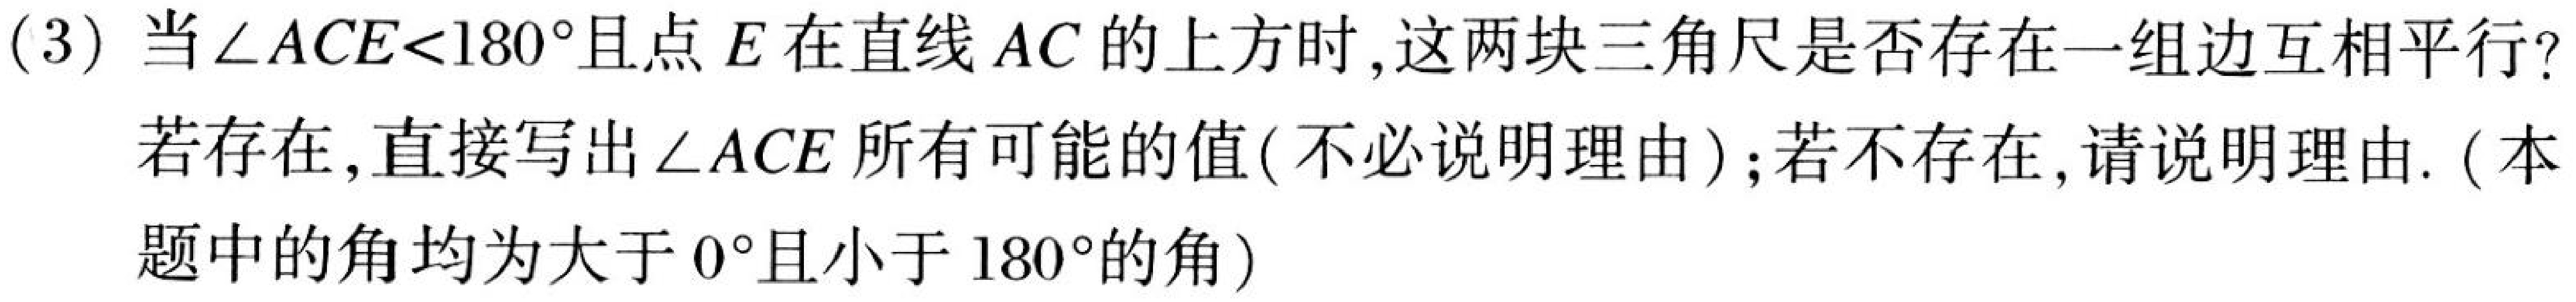
(3) 当\(\angle ACE<180^{\circ}\)且点\(E\)在直线\(AC\)的上方时,这两块三角尺是否存在一组边互相平行?

若存在,直接写出\(\angle ACE\)所有可能的值( 不必说明理由 )；若不存在,请说明理由. ( 本题中的角均为大于\(0^{\circ}\)且小于\(180^{\circ}\)的角)